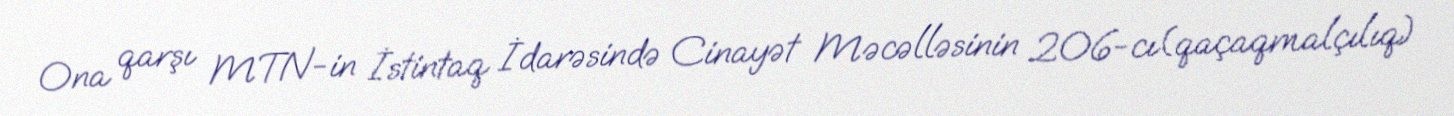
Ona qarşı MTN-in İstintaq İdarəsində Cinayət Məcəlləsinin 206-cı(qaçaqmalçılıq)